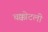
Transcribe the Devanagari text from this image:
चक्कोटली